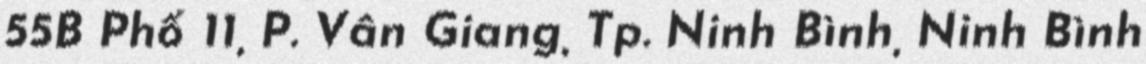
55B Phố 11, P. Vân Giang, Tp. Ninh Bình, Ninh Bình